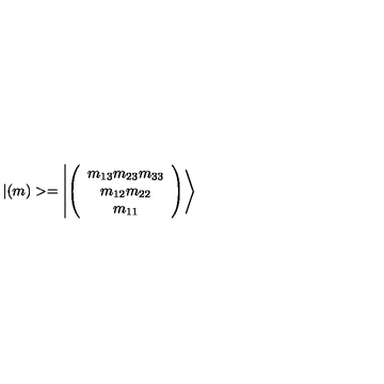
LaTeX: | ( m ) > = \left| \left( \begin{array} { c } { m _ { 1 3 } m _ { 2 3 } m _ { 3 3 } } \\ { m _ { 1 2 } m _ { 2 2 } } \\ { m _ { 1 1 } } \\ \end{array} \right) \right>